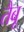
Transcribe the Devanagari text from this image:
तैबू